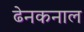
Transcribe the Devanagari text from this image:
ढेनकनाल